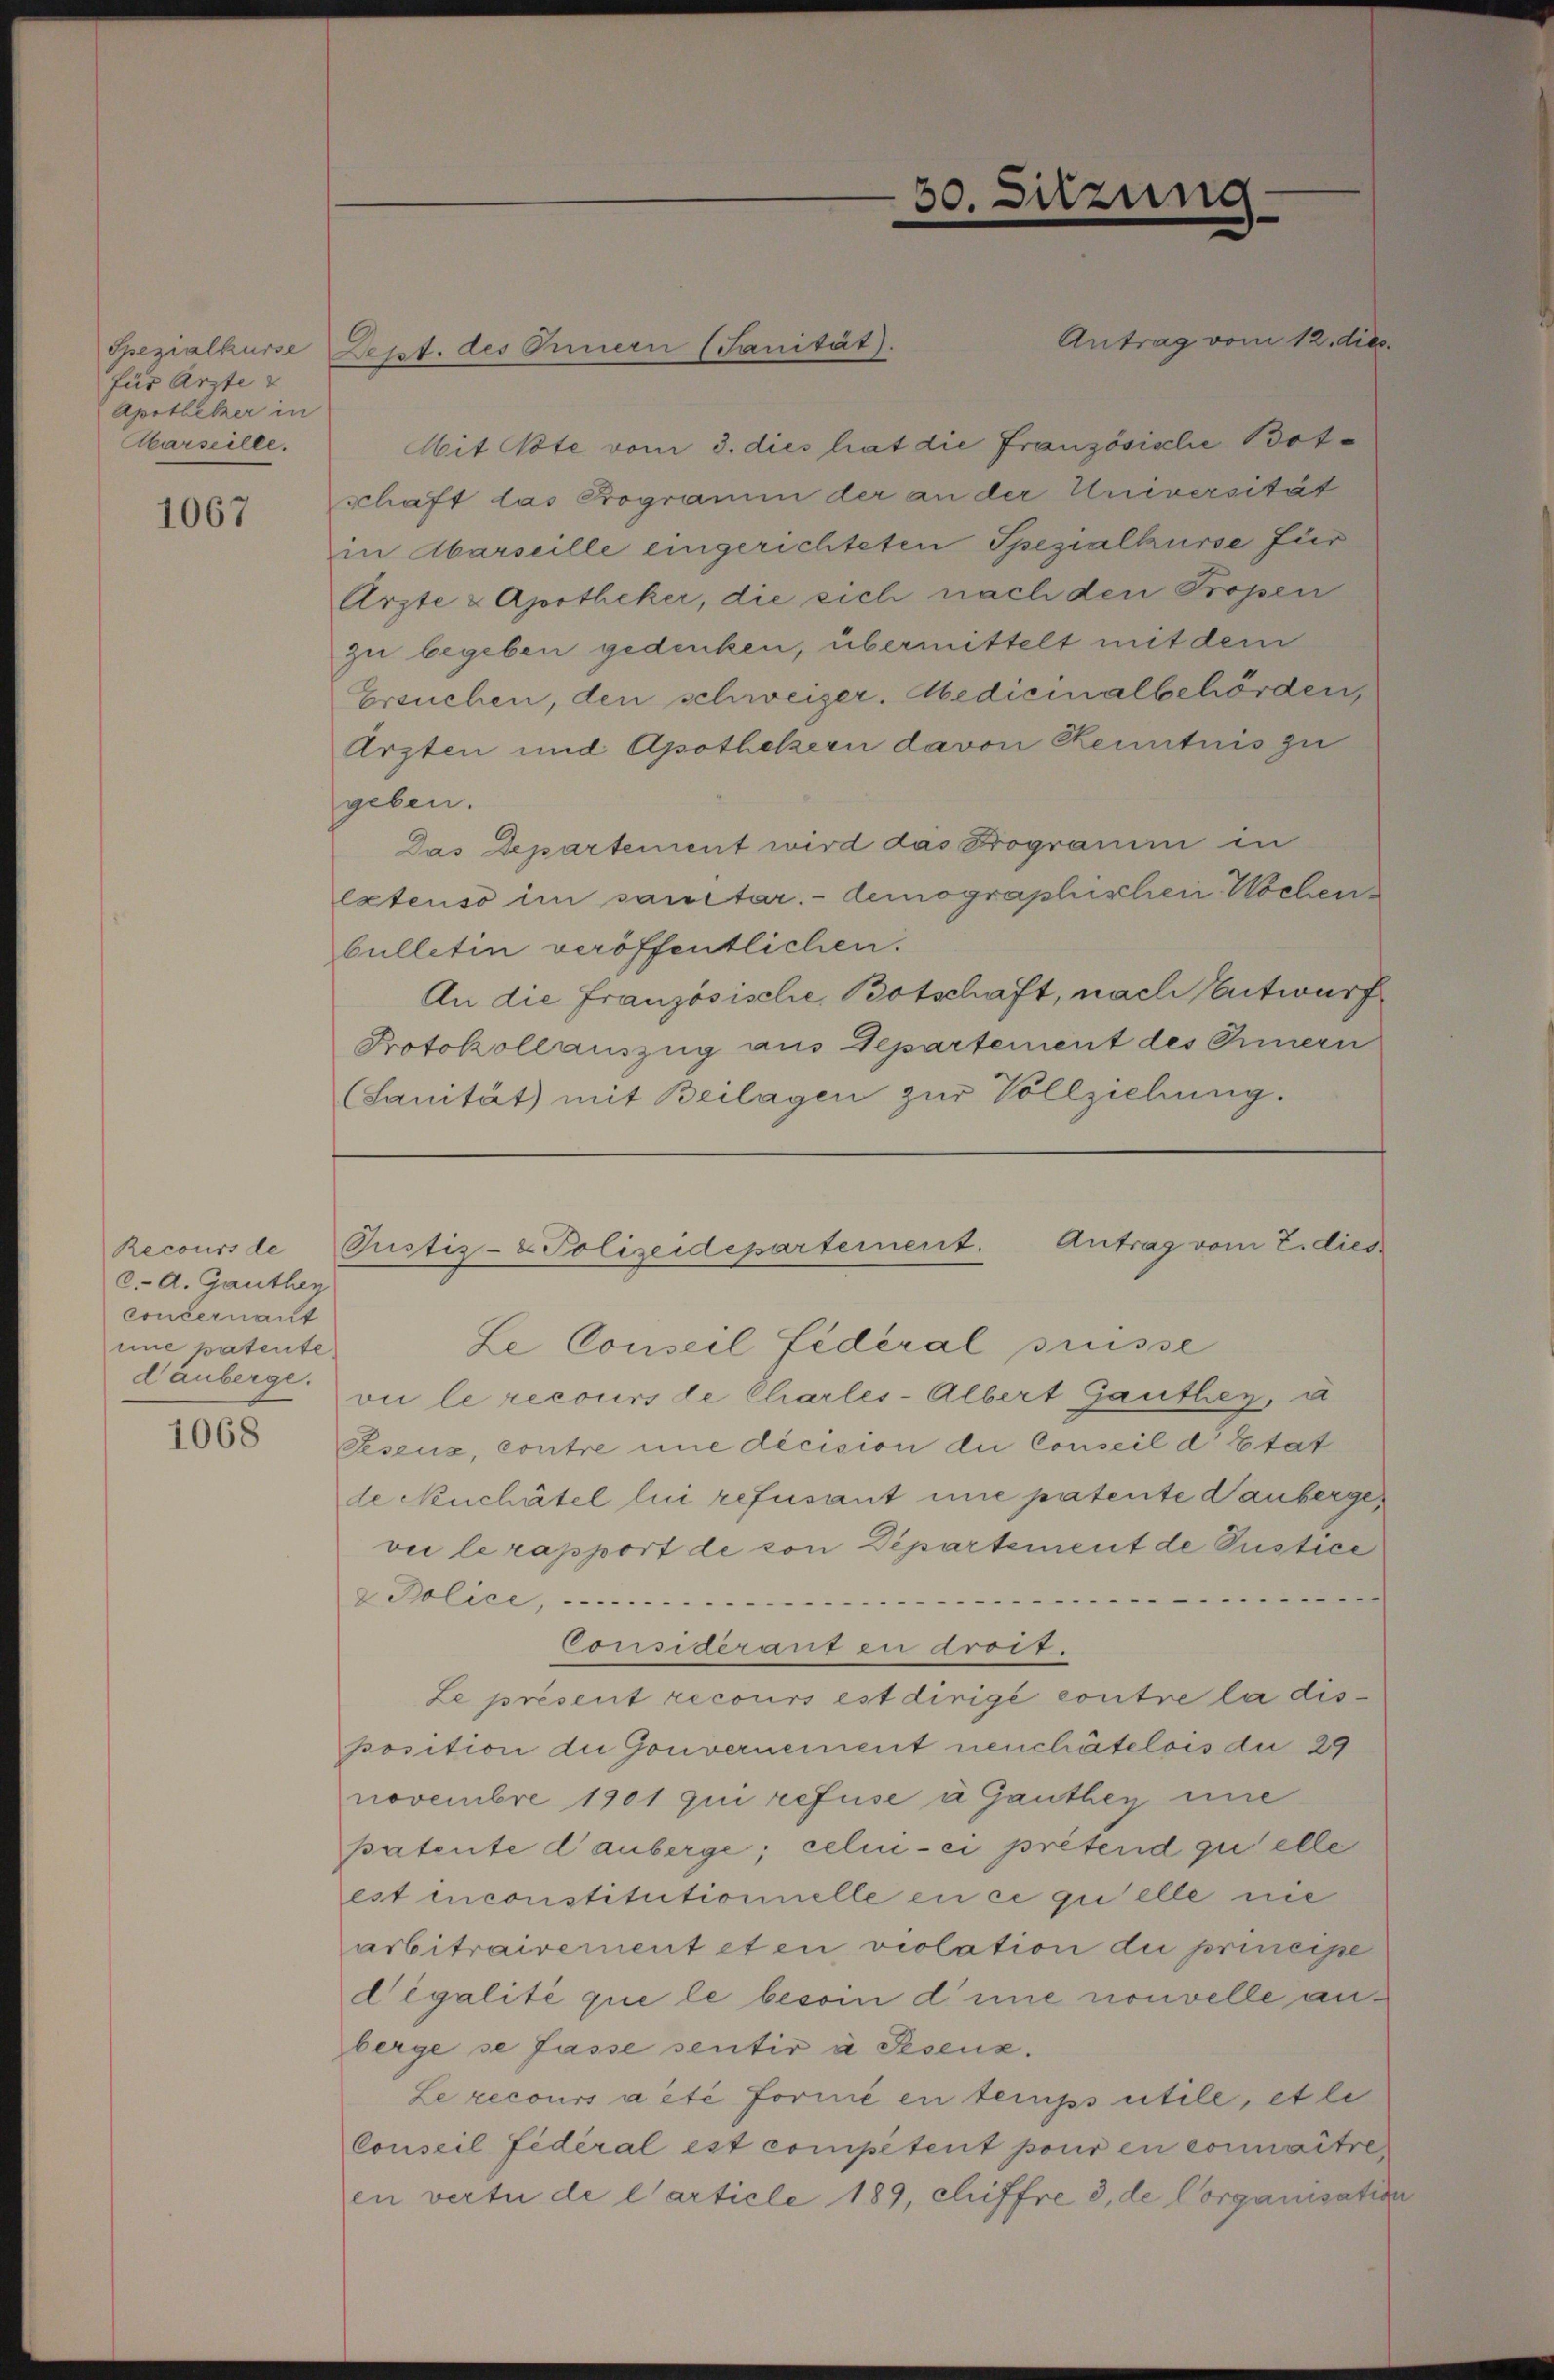
Spezialkurse
für Arzte &
Apotheker in
Akarseille.

1067

Recours de
C. A. Gauthen
concernant
mne patente,
dauberge.

1068

Dept. des Innern (Sanität).

30. Sitzung

Mit Note vom 3. dies hat die Französiclie Botschaft das Programm der an der Universität
in Abarseille eingerichteten Spezialkurse für
Arzte & Apotheker, die sich nach den Tropen
zu begeben gedenken, übermittelt mit dem
Ersuchen, den schweizer. Medicinalbehörden,
Arzten und Apothekern davon Kenntnis zu
geben.
Das Departement wird das Programm in
lxtenso im sanitar. - demographischen Wochen
bülletin veröffentlichen.
An die französische Botschaft, nach Entwurf
Protokollauszug aus Departement des Innern
(Sanität mit Beilagen zŭr Vollziehung.

Antrag vom 12. dies

Justiz- & Polizeidepartement. Antrag vom 2. dies
Le Conseil fédéral suisse
vi le recours de Charles-Albert Gauthen, u

Peseux, contre une dicision die Conseil d’Etat
de Neuchâtel lui refusant une patente anbergevii le rapport de von Departement de Pustice
2 Police, ..........
Consideranten droit.
Le présent recours est dirigé contre la disposition die Gouvernement neuchâtelois du 29
novembre 1901 qui refuse u Ganthey eine
patente d’auberge; celui-ci pretend quelle
est inconstitutionnelle en ce quelle nie
asbitrairement et en violation du principe
degalité que le besoin dene nouvelle anberge se fasse sentir à Psenz.
Le recours a été formé en temps utile, et le
Conseil fédéral est competent pour en connaitre
en vertu de l’article 189, chiffre 3, de Corganisation